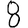
Digit: 8